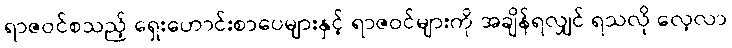
ရာဇဝင်စသည့် ရှေးဟောင်းစာပေများနှင့် ရာဇဝင်များကို အချိန်ရလျှင် ရသလို လေ့လာ